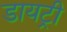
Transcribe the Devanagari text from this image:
डायट्री